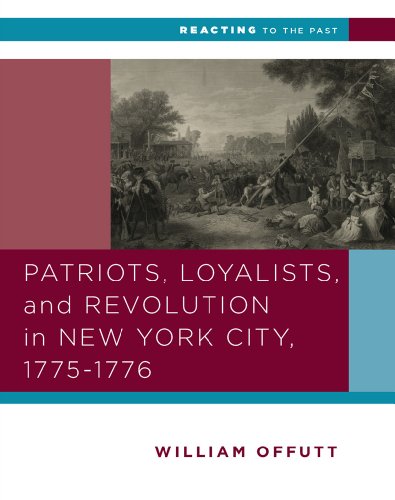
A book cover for Patriots, Loyalists, and Revolution in New York City, 1775-1776 (Reacting to the Past); William Offutt; History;